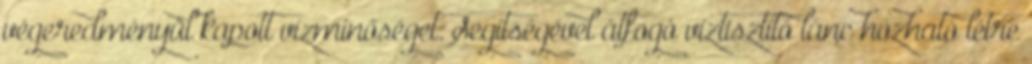
végeredményül kapott vízminőséget. Segítségével átfogó víztisztító lánc hozható létre